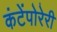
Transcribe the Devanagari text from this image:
कंटेंपोरेरी